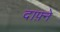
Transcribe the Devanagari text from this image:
दाफ़्ने